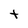
Character: t